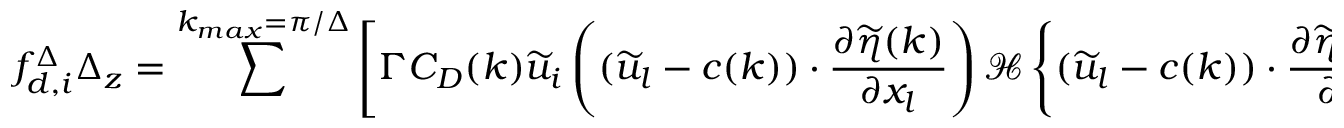
{ f _ { d , i } ^ { \Delta } } \Delta _ { z } = \sum ^ { k _ { m a x } = \pi / \Delta } \left[ \Gamma C _ { D } ( k ) \widetilde { u } _ { i } \left( ( \widetilde { u } _ { l } - c ( k ) ) \cdot \frac { \partial \widetilde { \eta } ( k ) } { \partial x _ { l } } \right) { \mathcal { H } \left\{ ( \widetilde { u } _ { l } - c ( k ) ) \cdot \frac { \partial \widetilde { \eta } ( k ) } { \partial x _ { l } } \right\} } + ( 1 - \Gamma ) \beta ( k ) \frac { ( a ( k ) k u _ { * } ) ^ { 2 } } { 2 } \right]